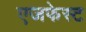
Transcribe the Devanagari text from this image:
एजफेस्ट